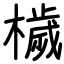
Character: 檅